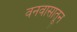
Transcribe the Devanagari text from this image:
वनवासातून